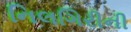
નિલગિરીની